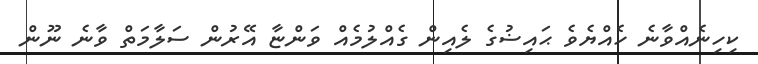
ކިހިނެއްވާނެ ހެއްޔެވެ ޙައިޟުގެ ލެއިން ގެއްލުމެއް ވަންޏާ އޭރުން ސަލާމަތް ވާނެ ނޫން